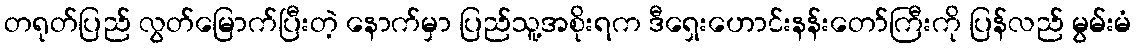
တရုတ်ပြည် လွတ်မြောက်ပြီးတဲ့ နောက်မှာ ပြည်သူ့အစိုးရက ဒီရှေးဟောင်းနန်းတော်ကြီးကို ပြန်လည် မွမ်းမံ